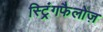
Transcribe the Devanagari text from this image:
स्ट्रिंगफैलोज़